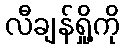
လီချန်ရှို့ကို